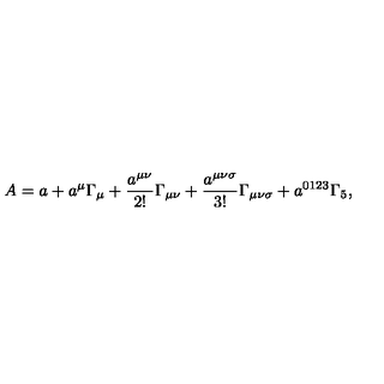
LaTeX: A = a + a ^ { \mu } \Gamma _ { \mu } + \frac { a ^ { \mu \nu } } { 2 ! } \Gamma _ { \mu \nu } + \frac { a ^ { \mu \nu \sigma } } { 3 ! } \Gamma _ { \mu \nu \sigma } + a ^ { 0 1 2 3 } \Gamma _ { 5 } ,